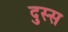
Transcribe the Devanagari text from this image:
दुस्स